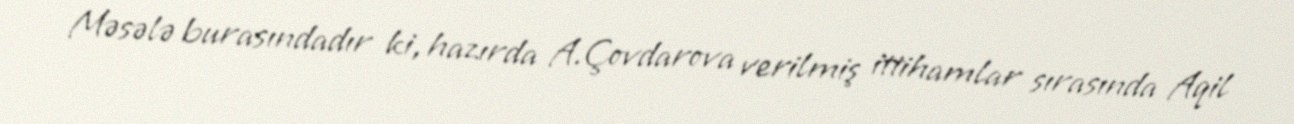
Məsələ burasındadır ki, hazırda A.Çovdarova verilmiş ittihamlar sırasında Aqil